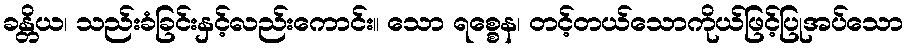
ခန္တိယ၊ သည်းခံခြင်းနှင့်လည်းကောင်း။ သော ရစ္စေန၊ တင့်တယ်သောကိုယ်ဖြင့်ပြုအပ်သော